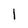
Character: 1